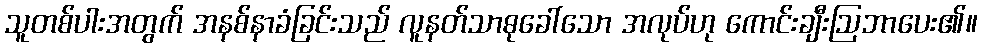
သူတစ်ပါးအတွက် အနစ်နာခံခြင်းသည် လူနတ်သာဓုခေါ်သော အလုပ်ဟု ကောင်းချီးဩဘာပေး၏။